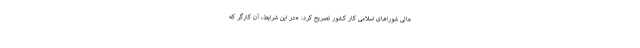
عالی شوراهای اسلامی کار کشور تصریح کرد: «در این شرایط، آن کارگر که